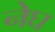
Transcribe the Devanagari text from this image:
नेघ